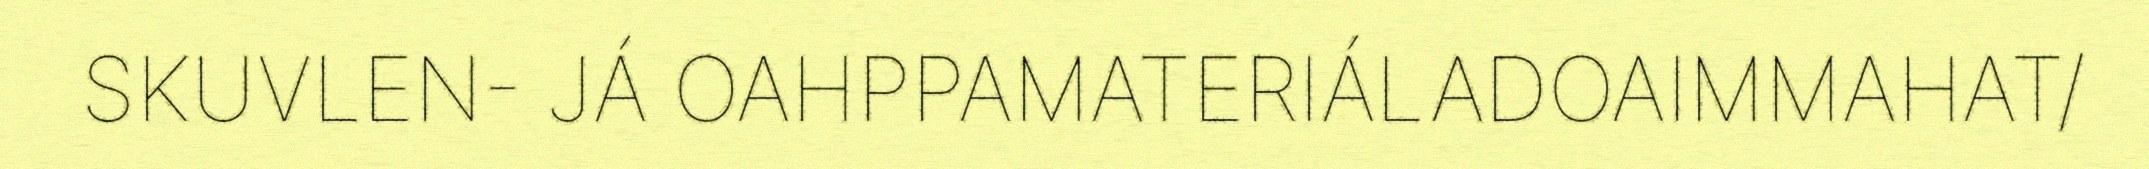
SKUVLEN- JÁ OAHPPAMATERIÁLADOAIMMAHAT/